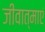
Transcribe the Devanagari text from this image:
जीवात्माएं